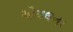
એપલના